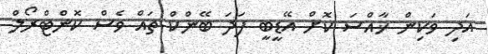
އަދި ވަކިން ޚާއްސަ ކޮށް އޭޑީބީ ފަދަ ބޭންކް ތައް ވެސް ކޮންޓްރޯލް